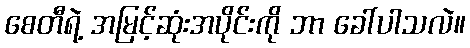
စေတီရဲ့ အမြင့်ဆုံးအပိုင်းကို ဘာ ခေါ်ပါသလဲ။